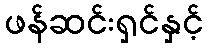
ဖန်ဆင်းရှင်နှင့်